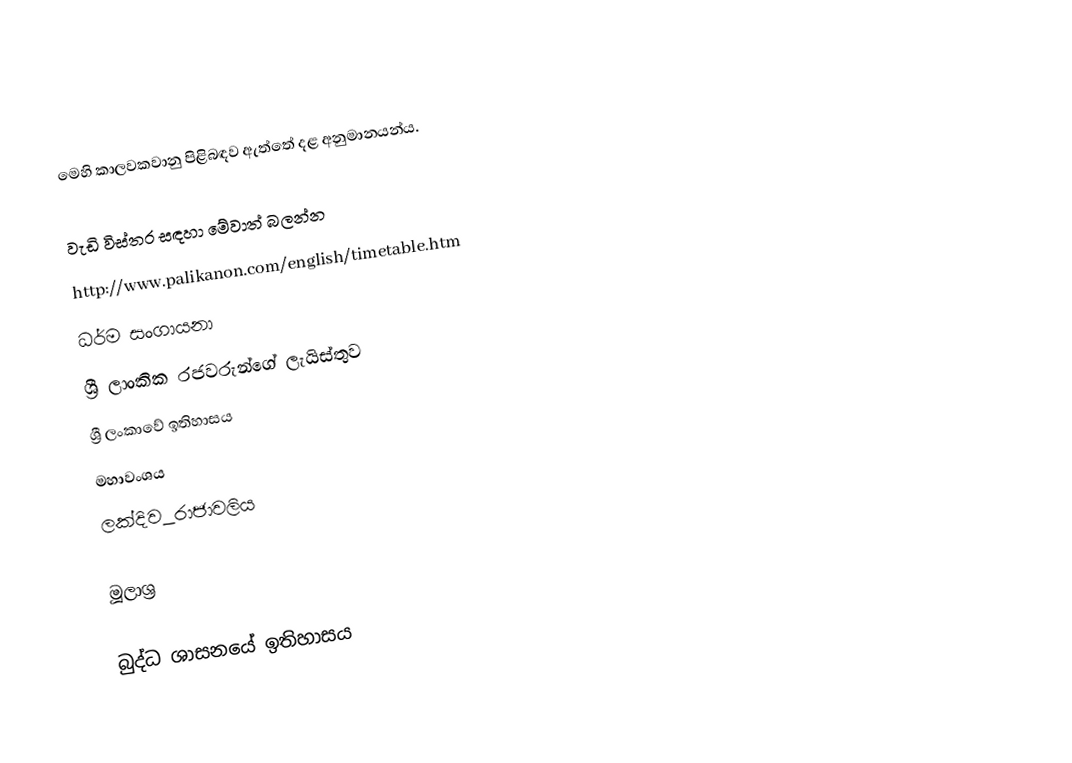
මෙහි කාලවකවානු පිළිබඳව ඇත්තේ දළ අනුමානයන්ය.

වැඩි විස්තර සඳහා මේවාත් බලන්න
 http://www.palikanon.com/english/timetable.htm
 ධර්ම සංගායනා
 ශ්‍රී ලාංකික රජවරුන්ගේ ලැයිස්තුව
 ශ්‍රී ලංකාවේ ඉතිහාසය
 මහාවංශය
 ලක්දිව_රාජාවලිය

මූලාශ්‍ර

බුද්ධ ශාසනයේ ඉතිහාසය